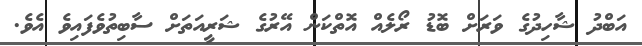
އަބްދު ޝާހިދުގެ ވަރަށް ބޮޑު ރޯލެއް އޮތްކަން އޭރުގެ ޝަރީއަތަށް ސާބިތުވެފައިވެ އެވެ.